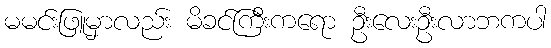
မမင်းဖြူမှာလည်း မိခင်ကြီးကရော ဦးလေးဦးလာဘကပါ